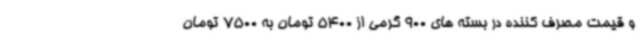
و قیمت مصرف کننده در بسته های 900 گرمی از 5400 تومان به 7500 تومان